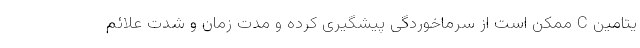
یتامین C ممکن است از سرماخوردگی پیشگیری کرده و مدت زمان و شدت علائم